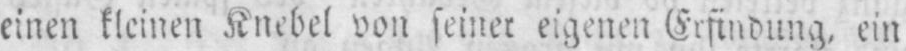
einen kleinen Knebel von seiner eigenen Erfindung, ein